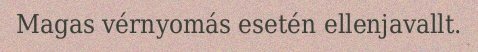
Magas vérnyomás esetén ellenjavallt.